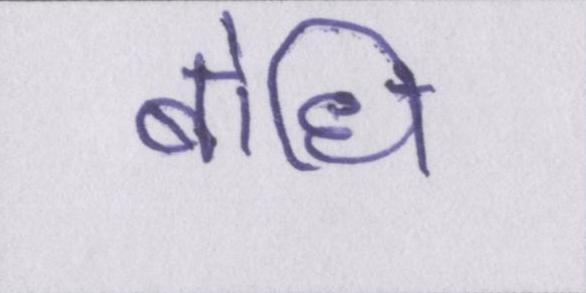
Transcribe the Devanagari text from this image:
बोधि